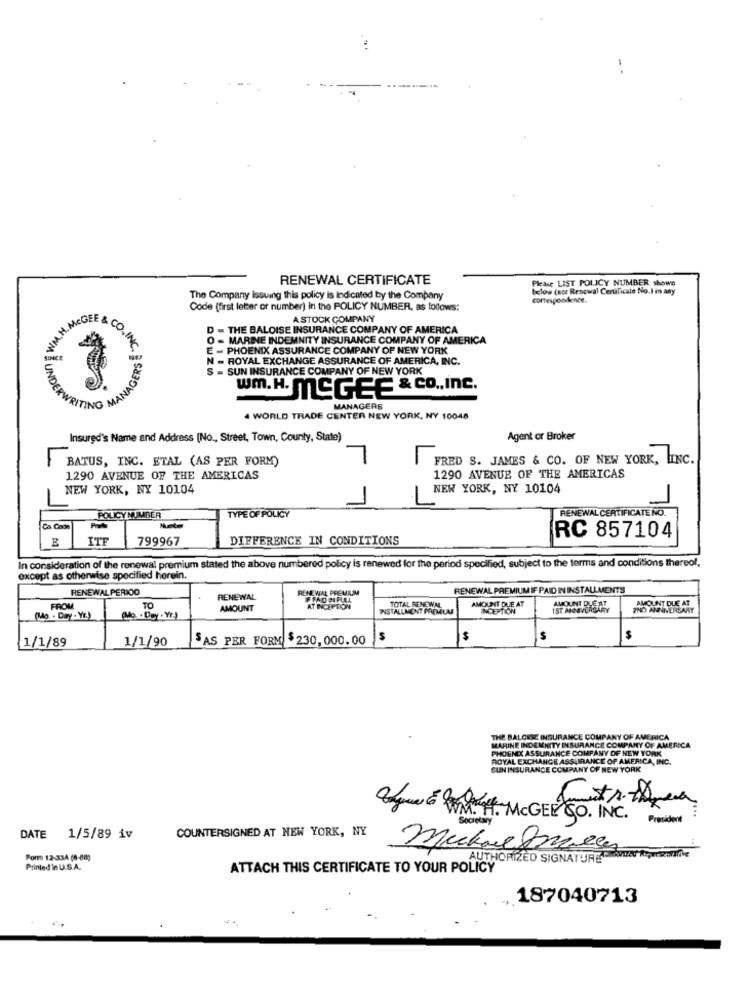
RENEWAL CERTIFICATE
Please LIST POLICY NUMBER shows
below (not Renewal Certificate No.I in any
The Company issuing this policy is indicated by the Company
correspondence.
Code (first letter or number) in the POLICY NUMBER, as follows:
A STOCK COMPANY
L MEGEE & CO.
D - THE BALOISE INSURANCE COMPANY OF AMERICA
0 - MARINE INDEMNITY INSURANCE COMPANY OF AMERICA
E - PHOENIX ASSURANCE COMPANY OF NEW YORK
IGERS
NC. ]
N - ROYAL EXCHANGE ASSURANCE OF AMERICA, INC.
S = SUN INSURANCE COMPANY OF NEW YORK
UND
wm.H. MCGEE & co ., inc.
TING MAN
MANAGERS
4 WORLD TRADE CENTER NEW YORK, NY 10048
Insured's Name and Address (No ., Street, Town, County, State)
Agent or Broker
BATUS, INC. ETAL (AS PER FORM)
FRED S. JAMES & CO. OF NEW YORK, LINC.
1290 AVENUE OF THE AMERICAS
1290 AVENUE OF THE AMERICAS
NEW YORK, NY 10104
NEW YORK, NY 10104
RENEWAL CERTIFICATE NO.
POLICY NUMBER
TYPE OF POLICY
Ca. Code
Note
ITE
799967
DIFFERENCE IN CONDITIONS
RC 857104
In consideration of the renewal premium stated the above numbered policy is renewed for the period specified, subject to the terms and conditions thereof,
except as otherwise specified herein.
RENEWAL PERIOD
RENEWAL PREMIUM
RENEWAL PREMIUM IF PAID IN INSTALLMENTS
RENEWAL
AMOUNT DUE AT
AMOLINI DLE AT
FROM
TO
AMOUNT
AT INCEPTION
INSTALLMENT PREMIUM
TOTAL RENEWM.
INCEPTION
1ST ANNIVERSARY
IND ANNIVERSARY
AMOUNT DUE AT
(Mo - Day - Yr.)
(Mo - Dey . Yr.)
1/1/89
1/1/90
SAS PER FORM $230, 000.00
s
$
$
$
THE BALCEME INSURANCE COMPANY OF AMERICA
MARINE INDEMNITY INSURANCE COMPANY OF AMERICA
PHOENIX ASSURANCE COMPANY OF NEW YORK
ROYAL EXCHANGE ASSURANCE OF AMERICA, INC.
SUN INSURANCE COMPANY OF NEW YORK
Bueno WH MCGEE CO. INC.
Societary
President
DATE 1/5/89 iv
COUNTERSIGNED AT NEW YORK, NY
Mukaegress
Form 12-33A (8-80g
AUTHORIZED SIGNATURE
Printed in U.S.A.
ATTACH THIS CERTIFICATE TO YOUR POLICY
187040713